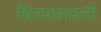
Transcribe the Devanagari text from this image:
चित्रपछावली